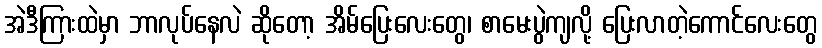
အဲဒီကြားထဲမှာ ဘာလုပ်နေလဲ ဆိုတော့ အိမ်ပြေးလေးတွေ၊ စာမေးပွဲကျလို့ ပြေးလာတဲ့ကောင်လေးတွေ